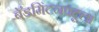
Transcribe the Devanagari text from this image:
बॅडमिंटनपटूला